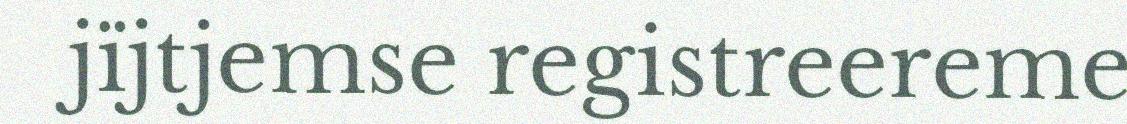
jïjtjemse registreereme